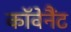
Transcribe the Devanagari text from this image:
काॅवेनैंट